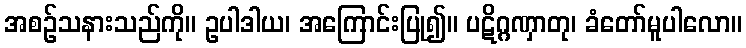
အစဉ်သနားသည်ကို။ ဥပါဒါယ၊ အကြောင်းပြု၍။ ပဋိဂ္ဂဏှာတု၊ ခံတော်မူပါလော။